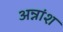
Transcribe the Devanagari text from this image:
अन्नांश